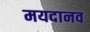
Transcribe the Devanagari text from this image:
मयदानव